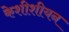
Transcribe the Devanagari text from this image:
केशीशीयन